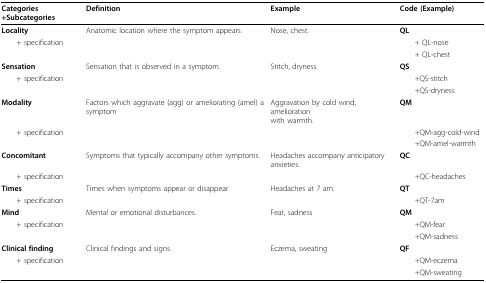
<table><thead><tr><td><b>Categories +Subcategories</b></td><td><b>Definition</b></td><td><b>Example</b></td><td><b>Code (Example)</b></td></tr></thead><tbody><tr><td><b>Locality</b></td><td>Anatomic location where the symptom appears.</td><td>Nose, chest.</td><td><b>QL</b></td></tr><tr><td> + specification</td><td></td><td></td><td> + QL-nose</td></tr><tr><td></td><td></td><td></td><td> + QL-chest</td></tr><tr><td><b>Sensation</b></td><td>Sensation that is observed in a symptom.</td><td>Stitch, dryness.</td><td><b>QS</b></td></tr><tr><td> + specification</td><td></td><td></td><td> +QS-stitch</td></tr><tr><td></td><td></td><td></td><td> +QS-dryness</td></tr><tr><td><b>Modality</b></td><td>Factors which aggravate (agg) or ameliorating (amel) a symptom</td><td>Aggravation by cold wind, amelioration with warmth.</td><td><b>QM</b></td></tr><tr><td> + specification</td><td></td><td></td><td> +QM-agg-cold-wind</td></tr><tr><td></td><td></td><td></td><td> +QM-amel-warmth</td></tr><tr><td><b>Concomitant</b></td><td>Symptoms that typically accompany other symptoms.</td><td>Headaches accompany anticipatory anxieties.</td><td><b>QC</b></td></tr><tr><td> + specification</td><td></td><td></td><td> +QC-headaches</td></tr><tr><td><b>Times</b></td><td>Times when symptoms appear or disappear</td><td>Headaches at 7 am.</td><td><b>QT</b></td></tr><tr><td> + specification</td><td></td><td></td><td> +QT-7am</td></tr><tr><td><b>Mind</b></td><td>Mental or emotional disturbances.</td><td>Fear, sadness</td><td><b>QM</b></td></tr><tr><td> + specification</td><td></td><td></td><td> +QM-fear</td></tr><tr><td></td><td></td><td></td><td> +QM-sadness</td></tr><tr><td><b>Clinical finding</b></td><td>Clinical findings and signs.</td><td>Eczema, sweating</td><td><b>QF</b></td></tr><tr><td> + specification</td><td></td><td></td><td> +QM-eczema</td></tr><tr><td></td><td></td><td></td><td> +QM-sweating</td></tr></tbody></table>